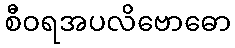
စီဝရအပလိဗောဓော